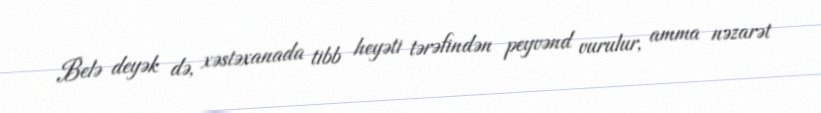
Belə deyək də, xəstəxanada tibb heyəti tərəfindən peyvənd vurulur, amma nəzarət